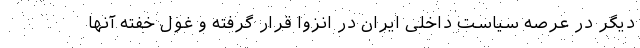
دیگر در عرصه سیاست داخلی ایران در انزوا قرار گرفته و غول خفته آنها